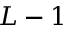
L - 1